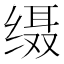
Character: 𦈙